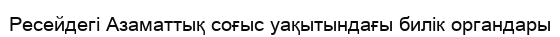
Ресейдегі Азаматтық соғыс уақытындағы билік органдары